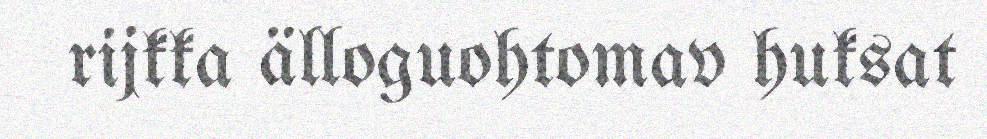
rijkka älloguohtomav huksat